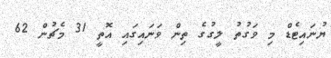
ޔުނައިޓެޑް މި ވަގުތު ލީގުގެ ތިން ވަނައިގައި އޮތީ 31 މެޗުން 62